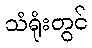
သံရုံးတွင်